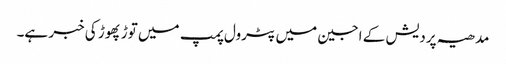
مدھیہ پردیش کے اجین میں پٹرول پمپ میں توڑ پھوڑ کی خبر ہے۔